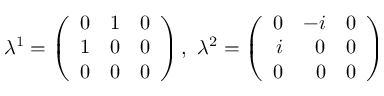
\lambda ^ { 1 } = \left( \begin{array} { r r r } { 0 } & { 1 } & { 0 } \\ { 1 } & { 0 } & { 0 } \\ { 0 } & { 0 } & { 0 } \end{array} \right) , \ \lambda ^ { 2 } = \left( \begin{array} { r r r } { 0 } & { - i } & { 0 } \\ { i } & { 0 } & { 0 } \\ { 0 } & { 0 } & { 0 } \end{array} \right) \,